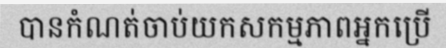
បានកំណត់ចាប់យកសកម្មភាពអ្នកប្រើ